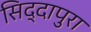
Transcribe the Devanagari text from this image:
सिद्दापुरा